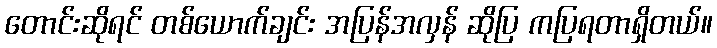
တောင်းဆိုရင် တစ်ယောက်ချင်း အပြန်အလှန် ဆိုပြ ကပြရတာရှိတယ်။